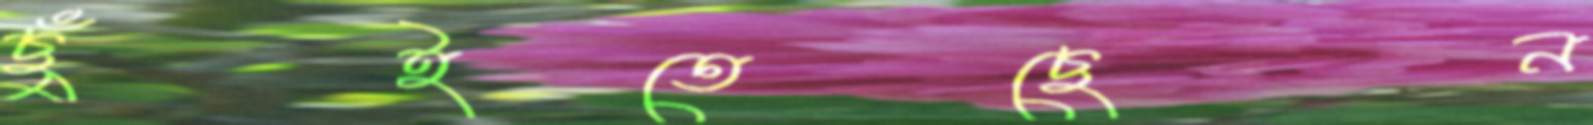
ছুঁইতেছেন